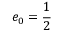
e _ { 0 } = \frac { 1 } { 2 }